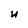
Character: u